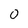
Character: 0